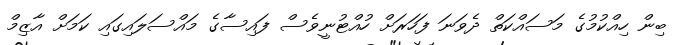
ބިން ހިއްކުމުގެ މަސައްކަތް ދެވަނަ ފަހަރަށް ހުއްޓުނީވެސް ފައިސާގެ މައްސަލައިގައި ކަމަށް އާޒިމް